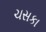
ચસકા